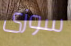
سوزى